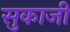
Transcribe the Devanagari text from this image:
सुकाजी